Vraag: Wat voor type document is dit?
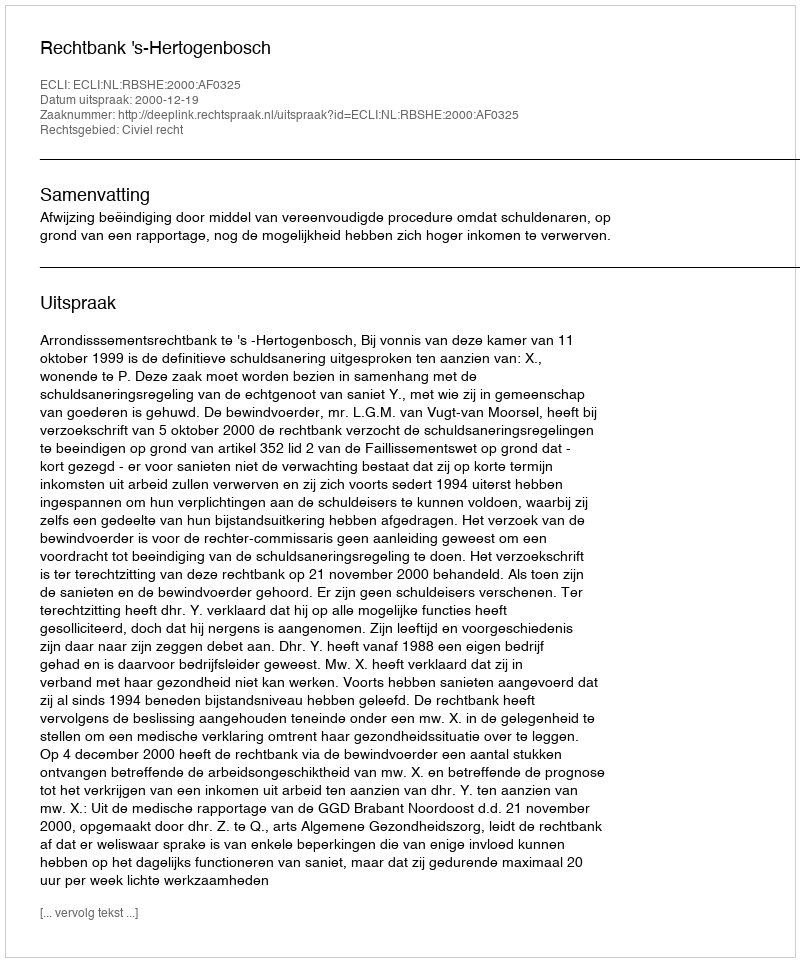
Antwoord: Uitspraak